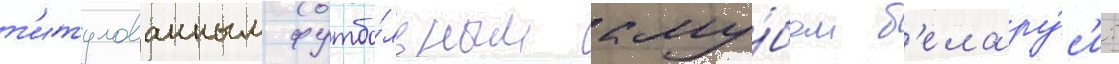
т'итулованным футбо́льным клу́бом б'елару́с'и: